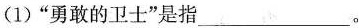
(1)”勇敢的卫士”是指___。